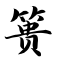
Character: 篑